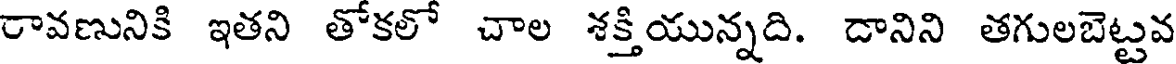
రావణునికి ఇతని తోకలో చాల శక్తియున్నది. డానిని తగులబెట్టవ